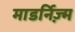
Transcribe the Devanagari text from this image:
माडर्निज़्म